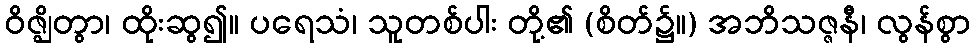
ဝိဇ္ဈိတွာ၊ ထိုးဆွ၍။ ပရေသံ၊ သူတစ်ပါး တို့၏ (စိတ်၌။) အဘိသဇ္ဇနီ၊ လွန်စွာ